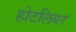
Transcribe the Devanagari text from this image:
होटलियर